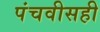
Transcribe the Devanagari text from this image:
पंचवीसही